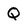
Character: Q